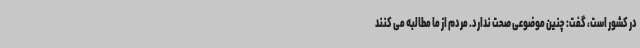
در کشور است، گفت: چنین موضوعی صحت ندارد. مردم از ما مطالبه می کنند